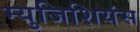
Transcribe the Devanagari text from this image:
म्युजिशियंस